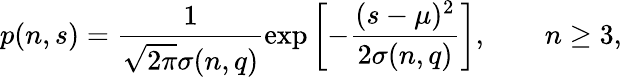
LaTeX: p(n,s)=\frac{1}{\sqrt{2\pi}\sigma(n,q)}\exp\left[-\frac{(s-\mu)^{2}}{2\sigma(n,q)}\right],\qquad n\geq 3,